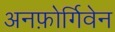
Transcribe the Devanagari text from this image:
अनफ़ोर्गिवेन